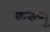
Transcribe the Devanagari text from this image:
करुप्पु